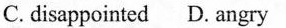
C.disappointed D.angry